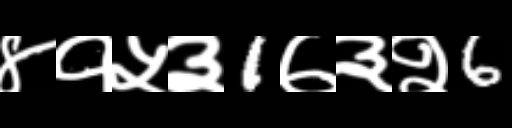
Text: ४१५३1७३२6